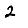
Digit: 2